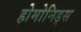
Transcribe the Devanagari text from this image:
होमोनिड्स